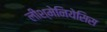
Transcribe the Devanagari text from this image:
लीश्मेनियेसिस